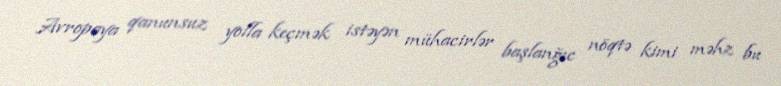
Avropaya qanunsuz yolla keçmək istəyən mühacirlər başlanğıc nöqtə kimi məhz bu